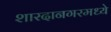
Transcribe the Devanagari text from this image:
शारदानगरमध्ये